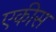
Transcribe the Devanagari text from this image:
एकीस